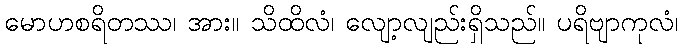
မောဟစရိတဿ၊ အား။ သိထိလံ၊ လျော့လျည်းရှိသည်။ ပရိဗျာကုလံ၊